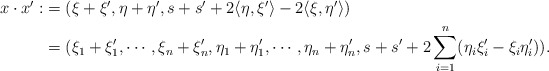
\begin{align*} \begin{aligned} x\cdot x':&=(\xi+\xi',\eta+\eta',s+s'+2\langle\eta,\xi'\rangle-2\langle\xi,\eta'\rangle) \\ &=(\xi_1+\xi'_1,\cdots,\xi_n+\xi'_n,\eta_1+\eta'_1,\cdots,\eta_n+\eta'_n,s+s'+2\sum_{i=1}^n(\eta_i\xi'_i-\xi_i\eta'_i)). \end{aligned}\end{align*}